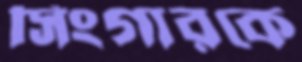
সিংগারকে